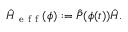
\hat { H } _ { \mathrm { ~ e ~ f ~ f ~ } } ( \phi ) : = \hat { P } ( \phi ( t ) ) \hat { H } .